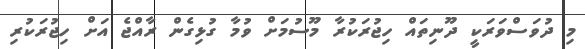
މި ދުވަސްވަރަކީ ދޫނިތައް ހިޖުރަކުރާ މޫސުމަށް ވުމާ ގުޅިގެން ރާއްޖެ އަށް ހިޖުރަކުރި